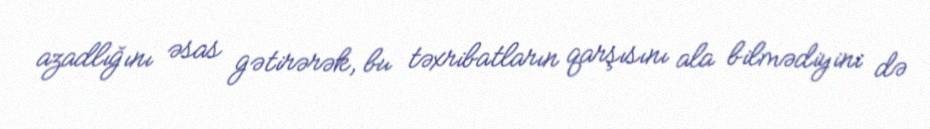
azadlığını əsas gətirərək, bu təxribatların qarşısını ala bilmədiyini də